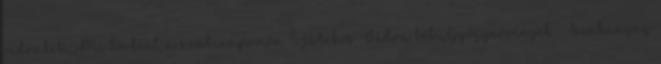
vidrabébi.,Mi történt a szülinapomon ?,Játékos Vidra bébi,Gyógynövények Szakanyag